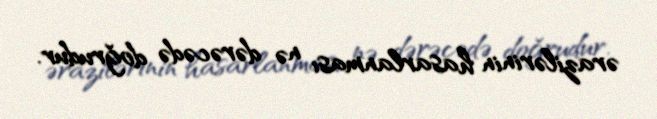
ərazilərinin hasarlanması nə dərəcədə doğrudur.